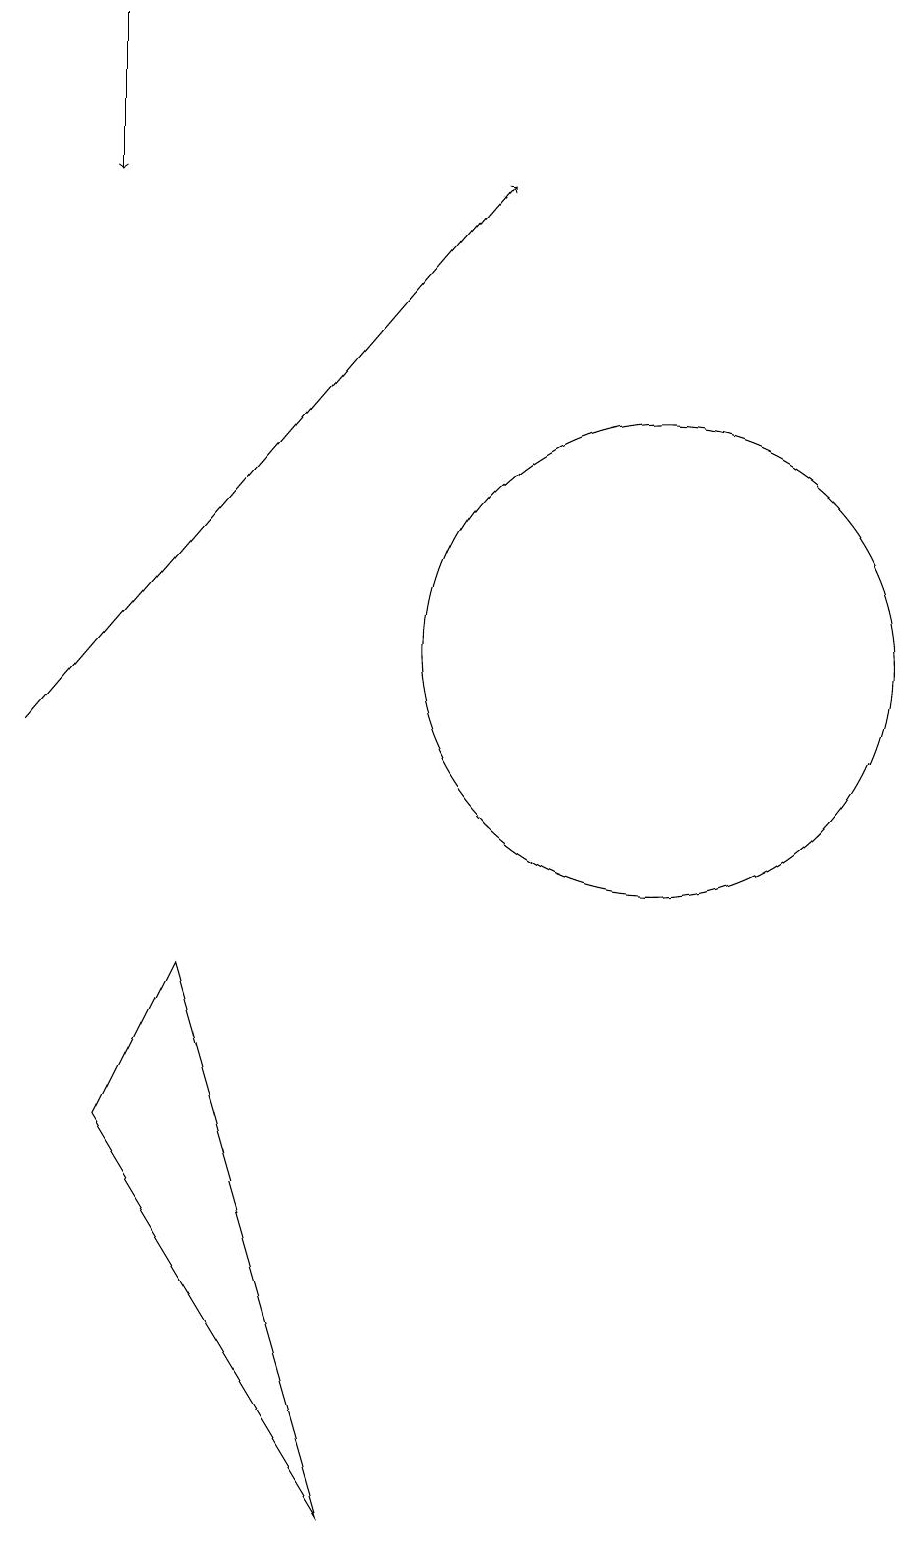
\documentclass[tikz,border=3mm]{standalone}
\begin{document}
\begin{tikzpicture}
\draw (7,0) -- (4,5) -- (5,7) -- cycle;
\draw (11,11) circle (3);
\draw[->] (3,10) -- (9,17);
\draw[->] (4,19) -- (4,17);
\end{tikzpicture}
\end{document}